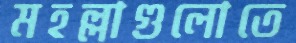
মহল্লাগুলোতে